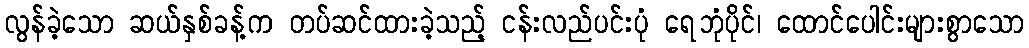
လွန်ခဲ့သော ဆယ်နှစ်ခန့်က တပ်ဆင်ထားခဲ့သည့် ငန်းလည်ပင်းပုံ ရေဘုံပိုင်၊ ထောင်ပေါင်းများစွာသော